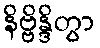
နိဗ္ဗိန္ဒိတွာ